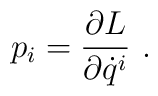
p_i=\frac{\partial L}{\partial \dot{q}^i}\ .